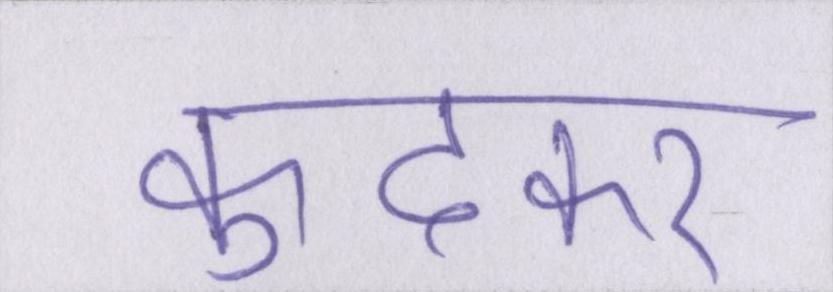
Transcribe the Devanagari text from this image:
कूदकर